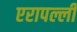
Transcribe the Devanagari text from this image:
एरापल्ली